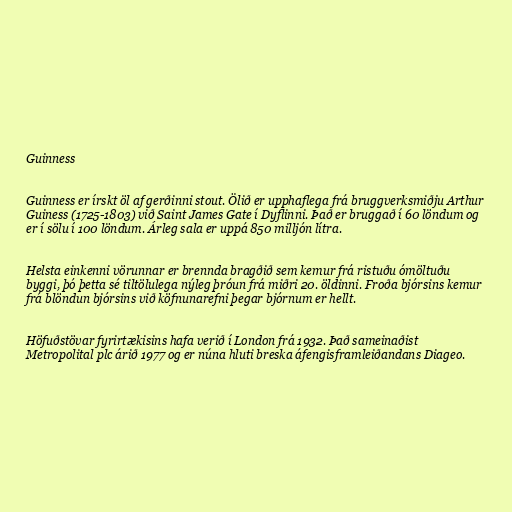
Guinness

Guinness er írskt öl af gerðinni stout. Ölið er upphaflega frá bruggverksmiðju Arthur
Guiness (1725-1803) við Saint James Gate í Dyflinni. Það er bruggað í 60 löndum og
er í sölu í 100 löndum. Árleg sala er uppá 850 milljón lítra.

Helsta einkenni vörunnar er brennda bragðið sem kemur frá ristuðu ómöltuðu
byggi, þó þetta sé tiltölulega nýleg þróun frá miðri 20. öldinni. Froða bjórsins kemur
frá blöndun bjórsins við köfnunarefni þegar bjórnum er hellt.

Höfuðstövar fyrirtækisins hafa verið í London frá 1932. Það sameinaðist
Metropolital plc árið 1977 og er núna hluti breska áfengisframleiðandans Diageo.